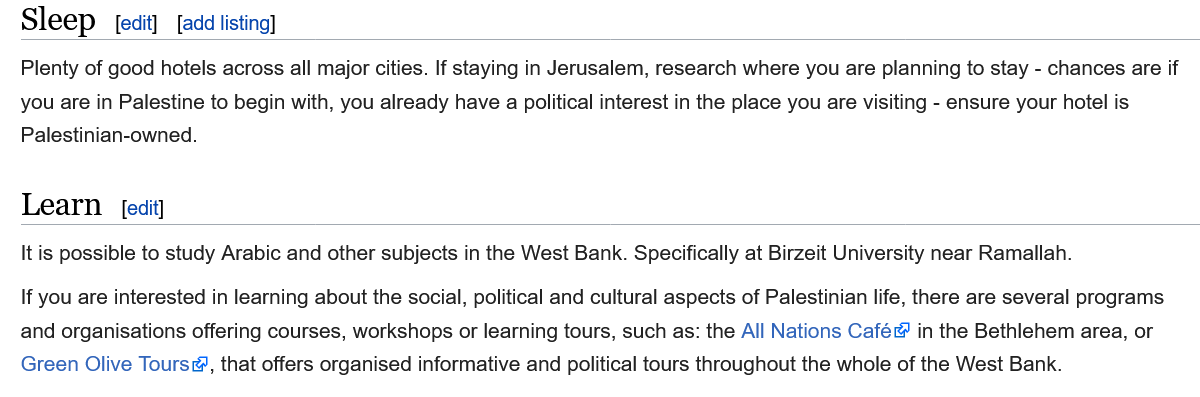
Sleep
   Plenty of good hotels across all major cities. If staying in Jerusalem, research where you are planning to stay -
     chances are if
   you are in Palestine to begin with, you already have a political interest in the place you are visiting - ensure your hotel is
   Palestinian-owned.
   Learn
   It is possible to study Arabic and other subjects in the West Bank. Specifically at Birzeit University near Ramallah.
   If you are interested in learning about the social, political and cultural aspects of Palestinian life, there are several programs
   and organisations offering courses, workshops or learning tours, such as: the All Nations Café in the Bethlehem area, or
   Green Olive Tours, that offers organised informative and political tours throughout the whole of the West Bank.
     [edit] [add listing]
     [edit]